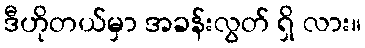
ဒီဟိုတယ်မှာ အခန်းလွတ် ရှိ လား။